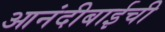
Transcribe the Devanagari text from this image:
आनंदीबाईची